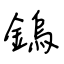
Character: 鎢